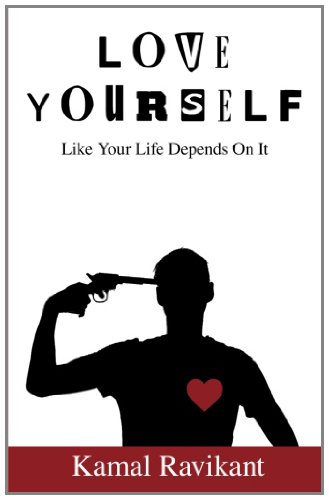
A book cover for Love Yourself Like Your Life Depends On It; Kamal Ravikant; Self-Help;